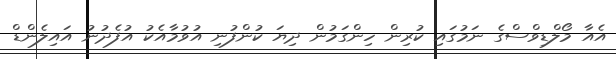
އެއާ މޯލްޑިވްސްގެ ނަމުގައި ކުރިން ހިންގަމުން ދިޔަ ކުންފުނި އުވުމާއެކު އުފެދުނު އައިލެންޑް